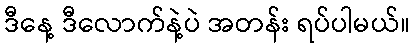
ဒီနေ့ ဒီလောက်နဲ့ပဲ အတန်း ရပ်ပါမယ်။